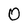
Character: 0